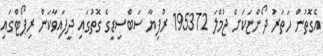
އެގޮތުން ހަތަރު ދޯންޏަކަށް ޖުމްލަ 195372 ރުފިޔާ ސަބްސިޑީގެ ގޮތުގައި ދީފައިވާކަން ރިޕޯޓްގައި